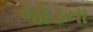
જોડના